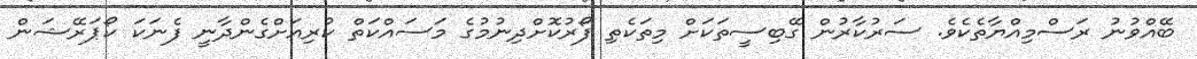
ބޭއްވުނު ރަސްމިއްޔާތެކެވެ. ސަރުކާރުން ގޭބިސީތަކަށް މިތަކެތި ފޯރުކޮށްދިނުމުގެ މަސައްކަތް ކުރިއަށްގެންދާނީ ފެނަކަ ކޯޕަރޭޝަން